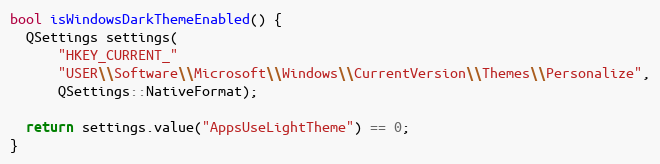
Language: C
bool isWindowsDarkThemeEnabled() {
  QSettings settings(
      "HKEY_CURRENT_"
      "USER\\Software\\Microsoft\\Windows\\CurrentVersion\\Themes\\Personalize",
      QSettings::NativeFormat);

  return settings.value("AppsUseLightTheme") == 0;
}